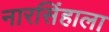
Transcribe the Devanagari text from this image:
नारसिंहाला